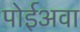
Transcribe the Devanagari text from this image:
पोईअवा